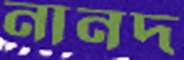
নানদ